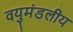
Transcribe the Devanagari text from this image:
वयुमंडलीय